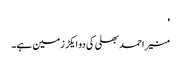
'
منیر احمد بھلی کی دو ایکڑ زمین ہے۔